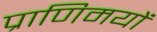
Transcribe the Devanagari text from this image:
प्राणिमयों